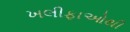
ખલીફાઓથી